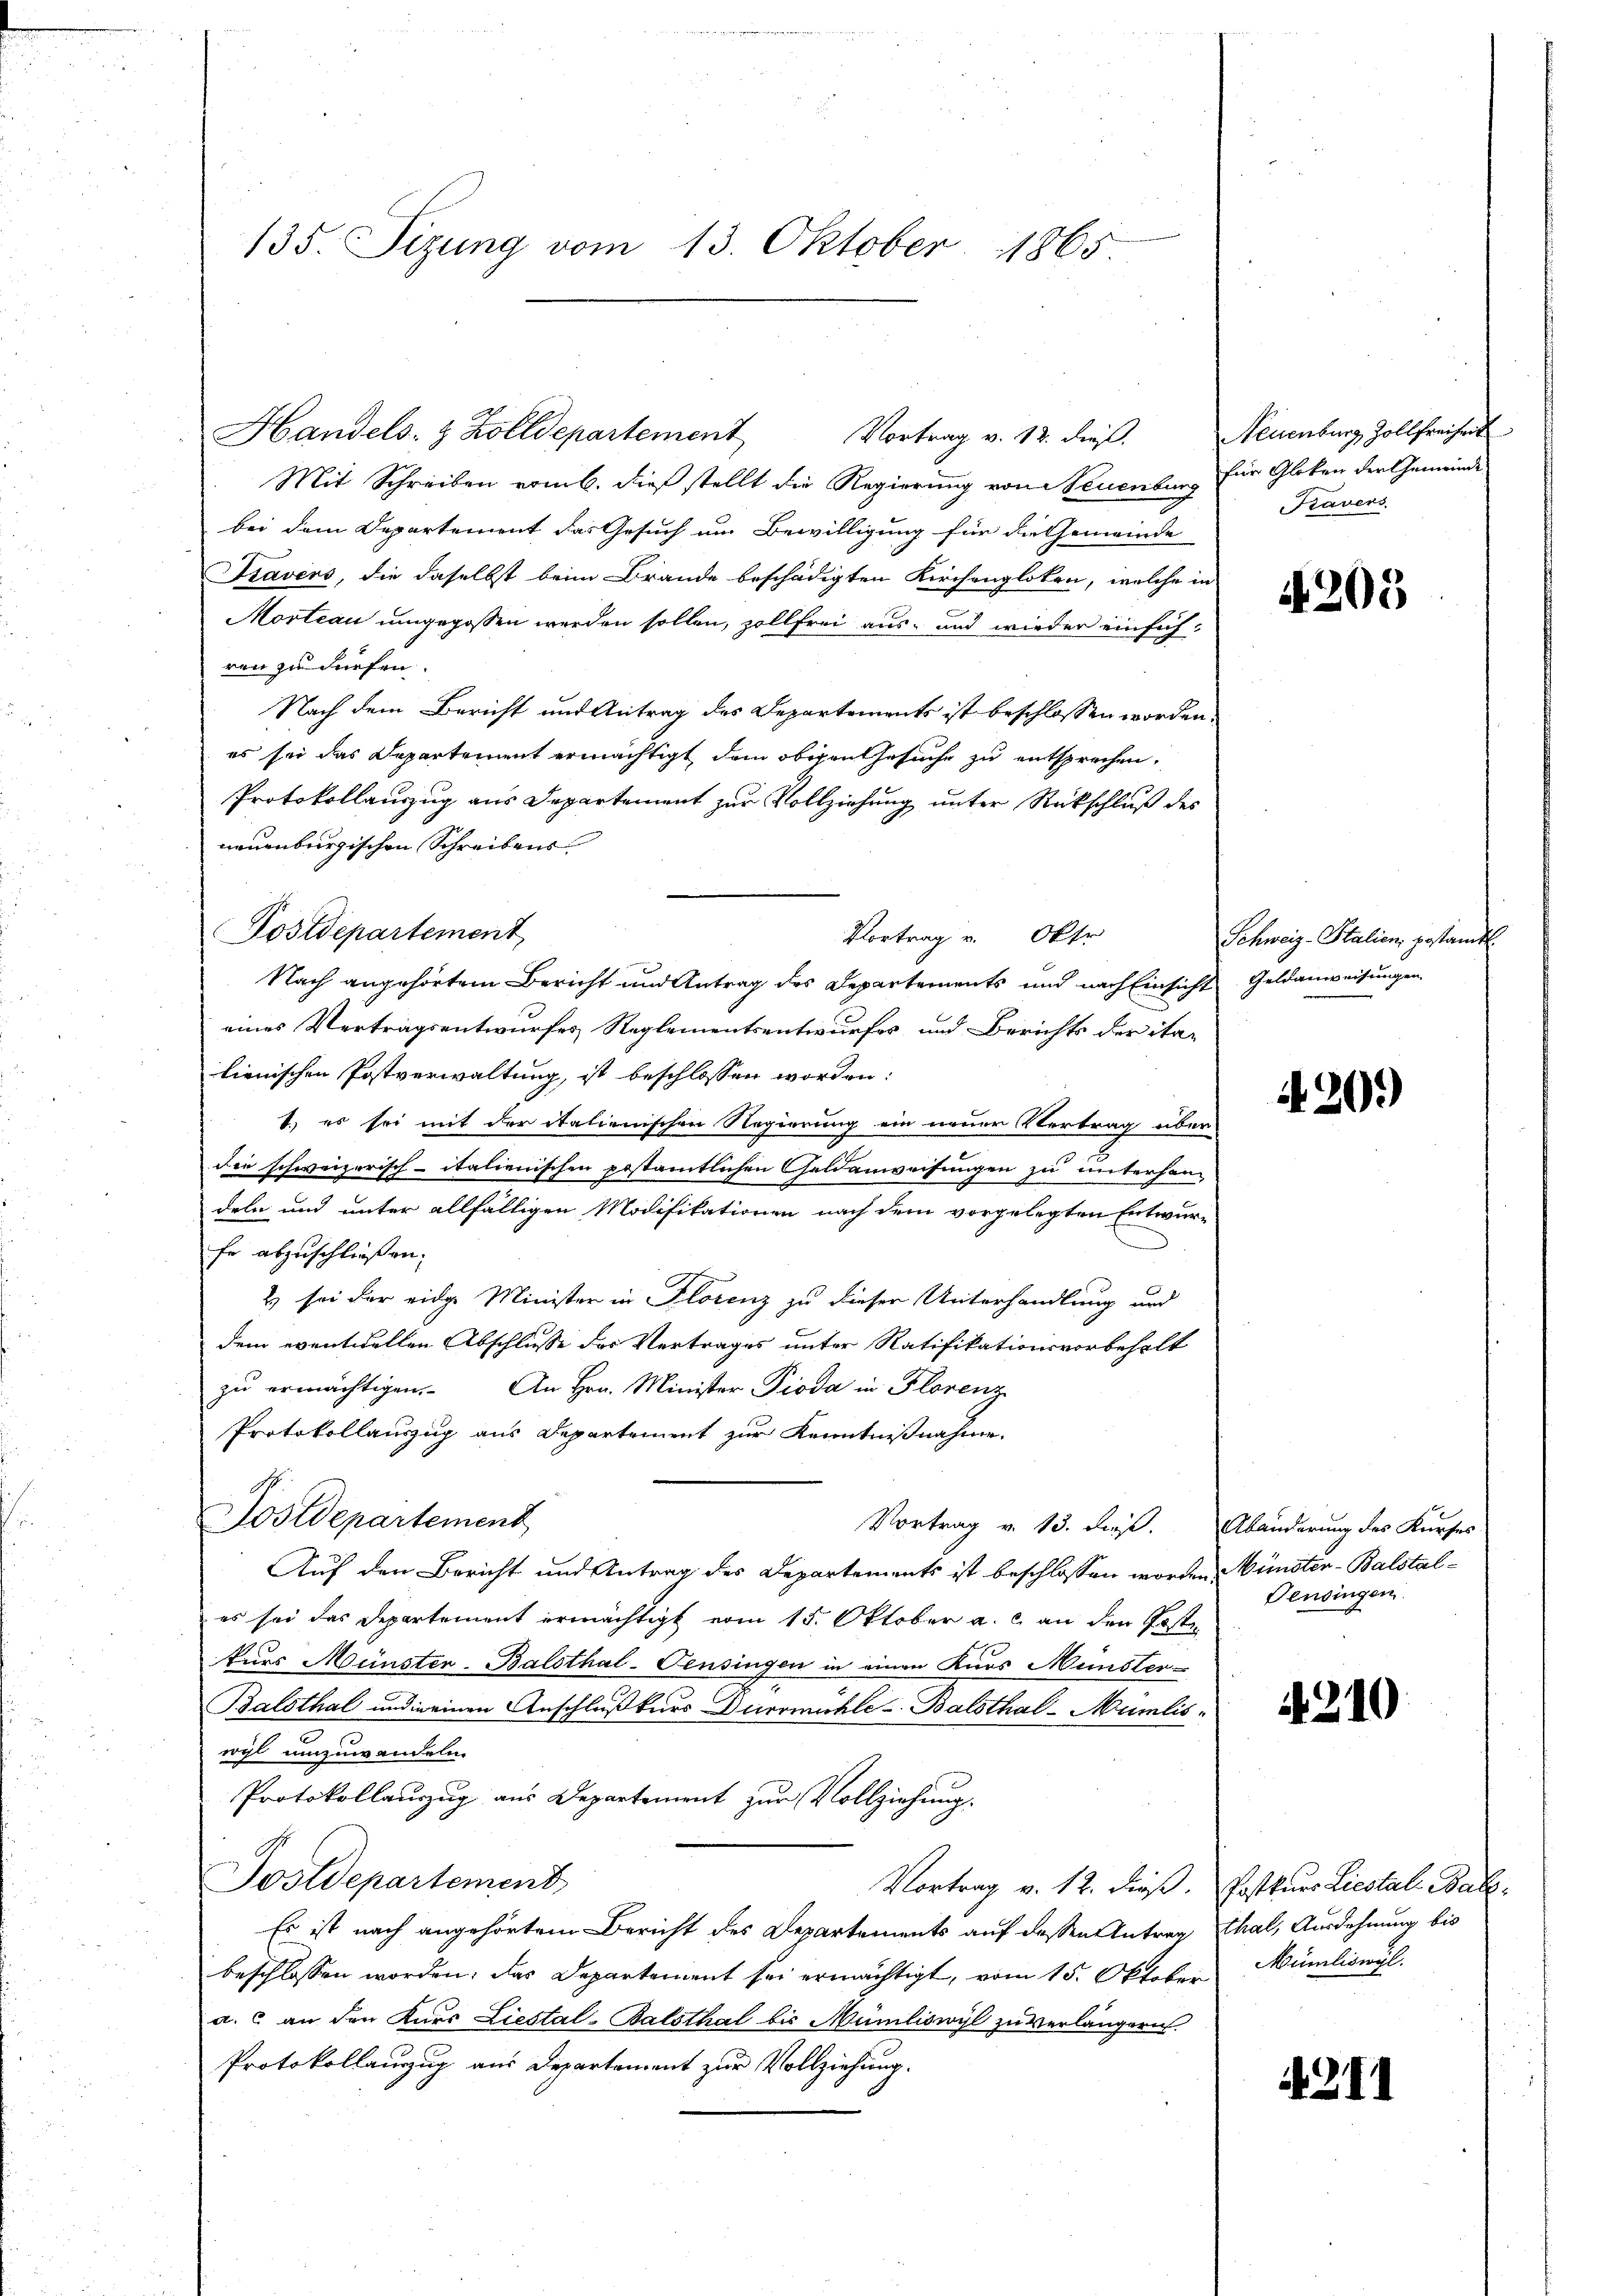
135. Sizung vom 13. Oktober 1865.

Handels- & Zolldepartement
Mit Schreiben vom 6. dieß stellt die Regierung von Neuenburg für Globen der Gemeinde
bei dem Departement das Gesuch um Bewilligung für die Gemeinde
Sravers, die daselbst beim Brande beschädigten Kirchengloten, welche in
Morteau umgegossen werden sollen, zollfrei aus- und wieder einsichren zu dürfen.
Nach dem Bericht und Antrag des Departements ist beschlossen worden.
es sei das Departement ermächtigt dem obigen Gesuche zu entsprechen.
Protokollauszug aus Departement zur Vollziehung unter Rückschluß des
neuenburgischen Schreibens
Postdepartement
Vortrag v. Oktr
Nach angehörtem Bericht und Antrag des Departements und nach Einsicht Geldanweisungen
eines Vertragsentwurfes Reglementsentwurfes und Berichts der ita-
lienischen Postverwaltung, ist beschlossen worden:
1. es sei mit der italienischen Regierung ein neuer Vertrag über
die schweizerisch-italienischen pestamtlichen Geldanweisungen zu unterhan
deln und unter allfälligen Modifikationen nach dem vorgelegten Entwurfe abzuschließen.
2) sei der eidge Minister in Florenz zu dieser Unterhandlung und
dem eventuellen Abschlusse des Vertrages unter Ratifikationsvorbehalt
zu ermächtigen. An Hrn. Minister Pioda in Florenz
Protokollauszug aus Departement zur Kenntnißnahme.
Postdepartement
Vortrag v. 13. dieß. Abänderung des Kurses
Auf den Bericht und Antrag des Departements ist beschlossen worden Münster-Balstales sei das Departement ermächtigt vom 15. Oktober a. c. an den Poste
kurs Münsten-Balsthal-Pensingen in einen Kurs Meinster-
Balsthal und in einen Anschluß kurs Furrmühle-Balsthal-Mümlis-
wyl umzuwandeln.
Protokollauszug aus Departement zur Vollziehung.
Postdepartement
Vortrag v. 12. dieß. Postkurs Liestal- Bal¬
Es ist nach angehörtem Bericht des Departements auf dessen Antrag thal, Ausdehnung bis
beschlossen worden; das Departement sei ermächtigt, vom 15. Oktober Münliswil
a. c. an den Kurs Liestal-Balsthal bis Müniliswyl zu verlängern
Protokollauszug aus Departement zur Vollziehung.

Vortrag v. 12. dieß.

Neuenburg, Zollfreiheit
Fravers

4. 209

Schweiz-Stalien gestand.

420.)

Pensingen.

210

211